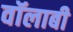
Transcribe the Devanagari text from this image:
वॉलाबी